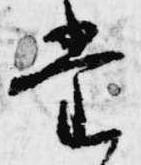
堂